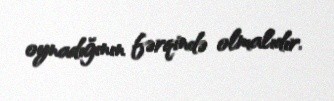
oynadığının fərqində olmalıdır.